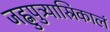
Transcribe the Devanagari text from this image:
जह्नुपुत्र्यास्रिकालं